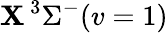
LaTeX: \mathbf{X}\, {}^{3}\Sigma^{-}(v=1)